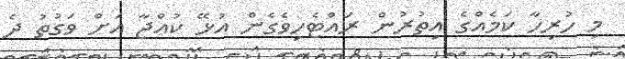
މި ހުރިހާ ކަމެއްގެ އިތުރުން ރައްޓެހިވެގެން އުޅޭ ކުއްޖާ އަށް ވަގުތު ދެ